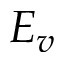
E _ { v }